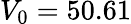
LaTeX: V_{0}=50.61